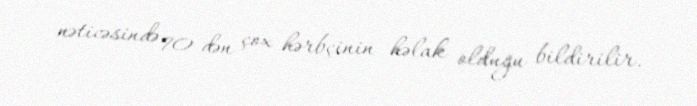
nəticəsində 70-dən çox hərbçinin həlak olduğu bildirilir.